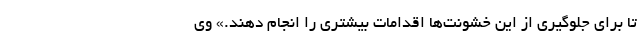
تا برای جلوگیری از این خشونت‌ها اقدامات بیشتری را انجام دهند.» وی